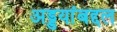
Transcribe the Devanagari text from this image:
अड्डयांबद्दल